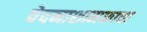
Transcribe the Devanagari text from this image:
वेदनाशामकाचा